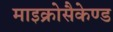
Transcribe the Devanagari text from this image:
माइक्रोसैकेण्ड